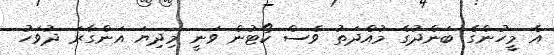
އެ މީހުންގެ ބަންދުގެ މުއްދަތު ވެސް ކޯޓުން ވަނީ މިދިޔަ އަންގާރަ ދުވަހު